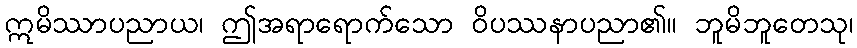
ဣမိဿာပညာယ၊ ဤအရာရောက်သော ဝိပဿနာပညာ၏။ ဘူမိဘူတေသု၊